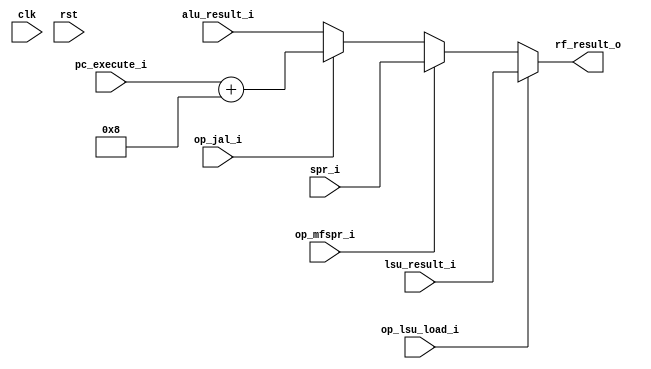
module mor1kx_wb_mux_cappuccino
  (/*AUTOARG*/
   // Outputs
   rf_result_o,
   // Inputs
   clk, rst, alu_result_i, lsu_result_i, pc_execute_i, spr_i,
   op_jal_i, op_lsu_load_i, op_mfspr_i
   );

   parameter OPTION_OPERAND_WIDTH = 32;

   input clk, rst;

   input [OPTION_OPERAND_WIDTH-1:0] alu_result_i;
   input [OPTION_OPERAND_WIDTH-1:0] lsu_result_i;
   input [OPTION_OPERAND_WIDTH-1:0] pc_execute_i;
   input [OPTION_OPERAND_WIDTH-1:0] spr_i;

   output [OPTION_OPERAND_WIDTH-1:0] rf_result_o;

   input 			      op_jal_i;
   input 			      op_lsu_load_i;
   input 			      op_mfspr_i;


   assign rf_result_o = op_lsu_load_i ? lsu_result_i :
			op_mfspr_i ? spr_i :
			/* TODO - maybe eliminate this adder */
			op_jal_i ? pc_execute_i + 8 :
			alu_result_i;

endmodule